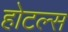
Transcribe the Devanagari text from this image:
होटल्‍स